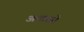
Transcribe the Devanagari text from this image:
अन्तरसे